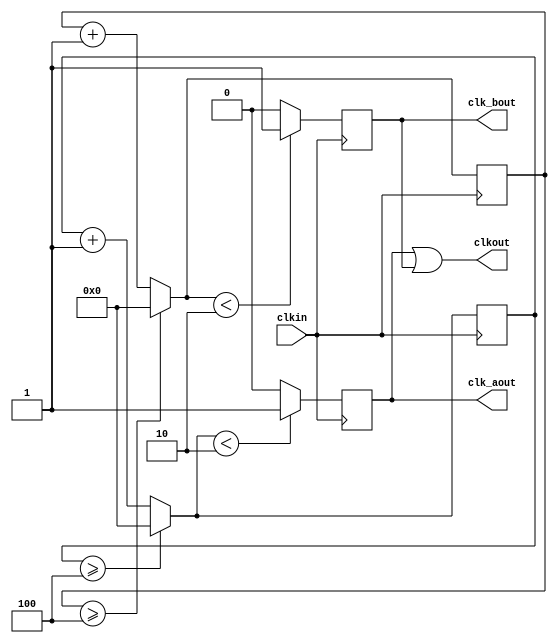
module Divider_odd (
    clkin,clkout,clk_aout,clk_bout
);
    input clkin;
    output clkout,clk_aout,clk_bout;
    parameter n = 5;
    parameter m = 3;
    reg[m:0] cnta,cntb;
    reg clka,clkb;
always @(posedge clkin) begin
    if(cnta>=n-1) cnta=0;
    else cnta=cnta + 1'b1;
    if(cnta < n/2) clka = 1;
    else clka = 0;
end

always @(negedge clkin) begin
    if(cntb>=n-1) cntb=0;
    else cntb=cntb + 1'b1;
    if(cntb < n/2) clkb = 1;
    else clkb = 0;
end
assign clkout = clka | clkb;
assign clk_aout = clka;
assign clk_bout = clkb;
endmodule